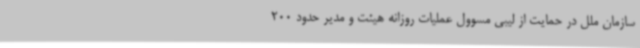
سازمان ملل در حمایت از لیبی مسوول عملیات روزانه هیئت و مدیر حدود 200